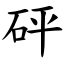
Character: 砰